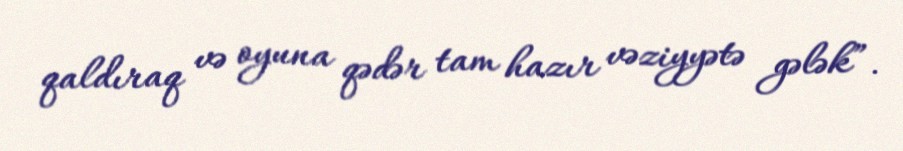
qaldıraq və oyuna qədər tam hazır vəziyyətə gələk”.